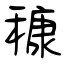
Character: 穅